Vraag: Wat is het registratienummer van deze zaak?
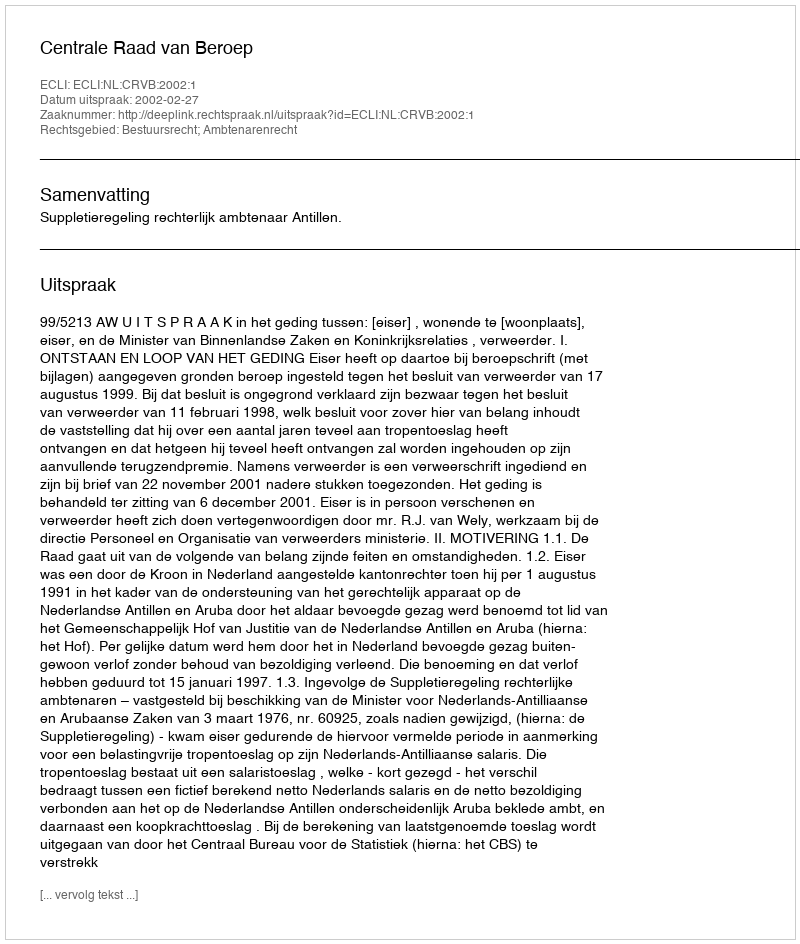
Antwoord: http://deeplink.rechtspraak.nl/uitspraak?id=ECLI:NL:CRVB:2002:1